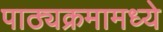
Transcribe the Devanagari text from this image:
पाठ्यक्रमामध्ये